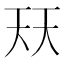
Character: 𭑈